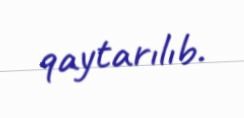
qaytarılıb.